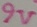
Text: 9V